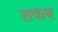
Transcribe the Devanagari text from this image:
रावान